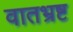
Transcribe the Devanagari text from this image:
वातभ्रष्ट